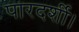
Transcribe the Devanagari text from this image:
पारदर्शी।